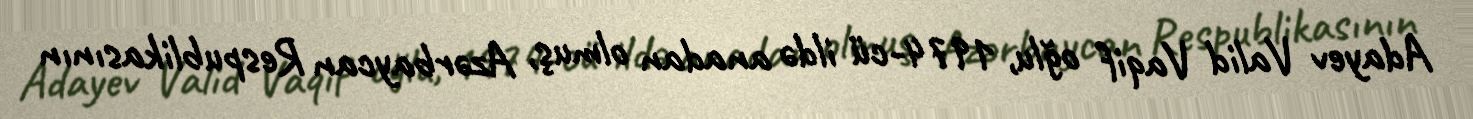
Adayev Valid Vaqif oğlu, 1974-cü ildə anadan olmuş, Azərbaycan Respublikasının